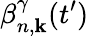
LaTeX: \beta_{n,\mathbf{k}}^{\gamma}(t^{\prime})